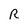
Character: R